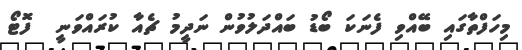
މިހަފްތާގައި ބޭއްވި ފެނަކަ ބޯޑު ބައްދަލުވުން ނަދީމު ޗެއާ ކުރައްވަނީ  ފޮޓޯ